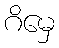
ဂိမှေ